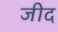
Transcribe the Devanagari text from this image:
जीद